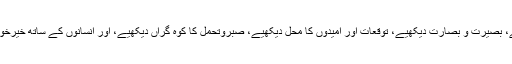
وژن دیکھیے، بصیرت و بصارت دیکھیے، توقعات اور اُمیدوں کا محل دیکھیے، صبروتحمل کا کوہِ گراں دیکھیے، اور انسانوں کے ساتھ خیرخواہی دیکھیے۔